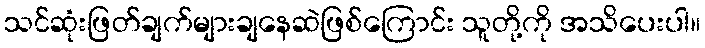
သင်ဆုံးဖြတ်ချက်များချနေဆဲဖြစ်ကြောင်း သူတို့ကို အသိပေးပါ။